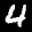
Label: 4